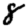
Digit: 8